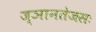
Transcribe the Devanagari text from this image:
ज्ञानतेजसः